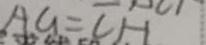
A G = C H